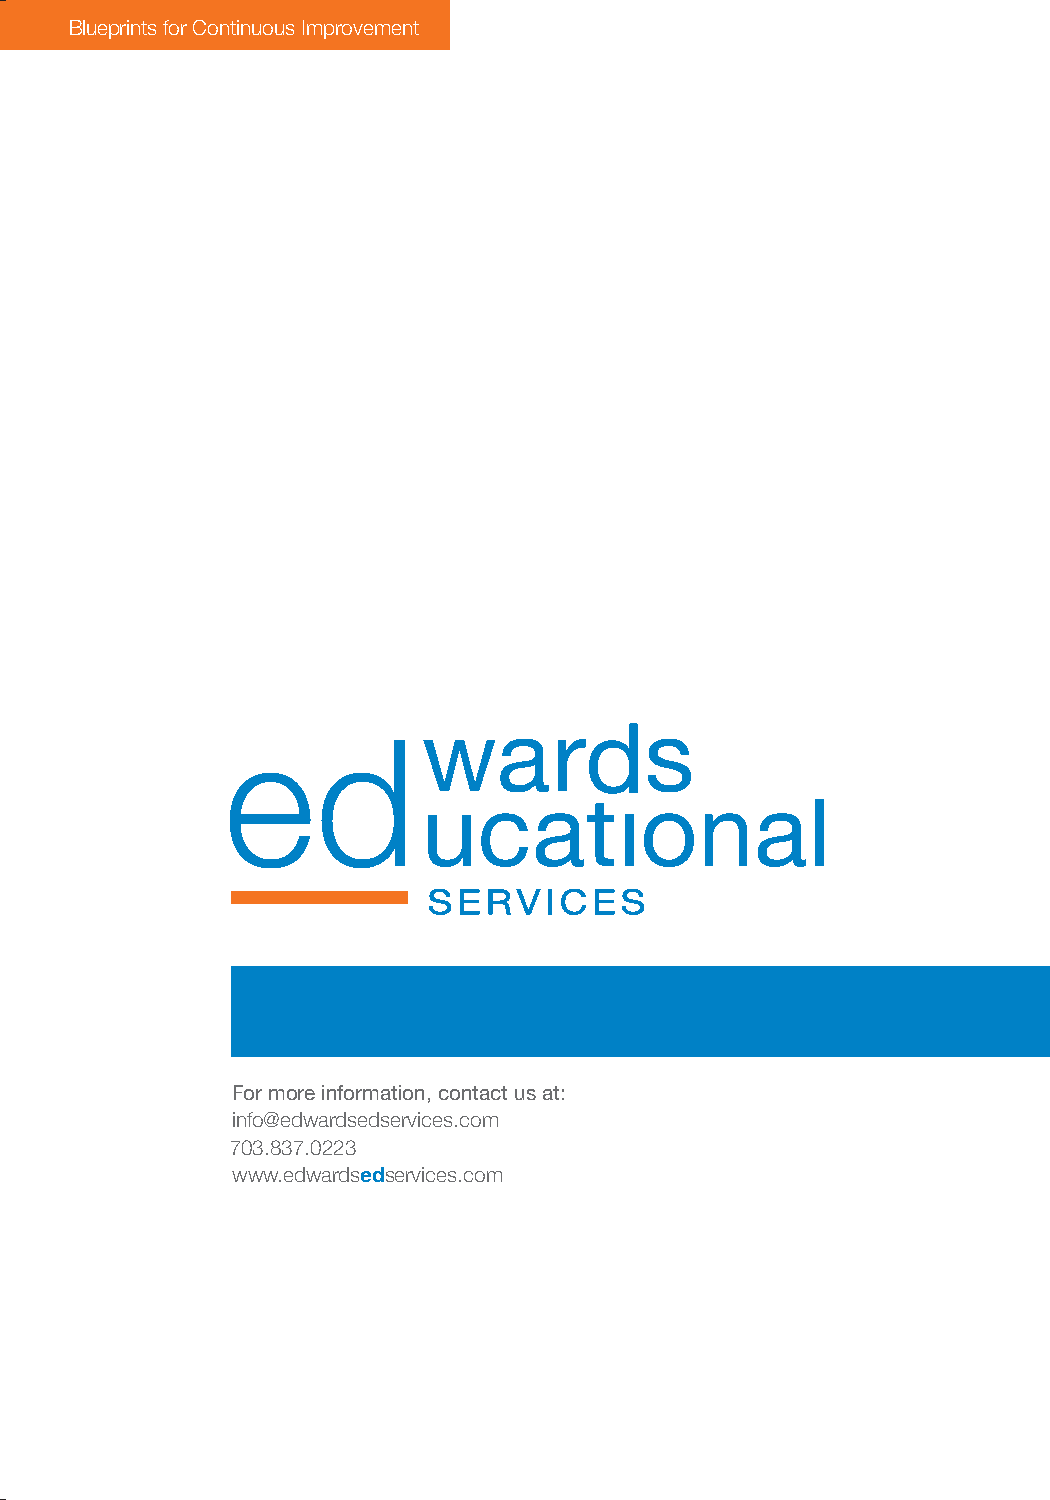
Blueprints for Continuous Improvement
 Blueprints for Continuous Improvement
 21st    Century        Skills
 For more information, contact us at:
 info@edwardsedservices.com
 703.837.0223
 www.edwardsedservices.com